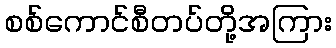
စစ်ကောင်စီတပ်တို့အကြား